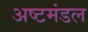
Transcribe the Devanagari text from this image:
अष्टमंडल